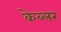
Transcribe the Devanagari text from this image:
केब्लर